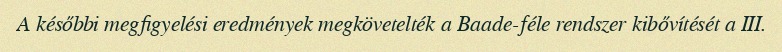
A későbbi megfigyelési eredmények megkövetelték a Baade-féle rendszer kibővítését a III.